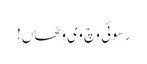
رسوئی وچ وی وِٹھاں!